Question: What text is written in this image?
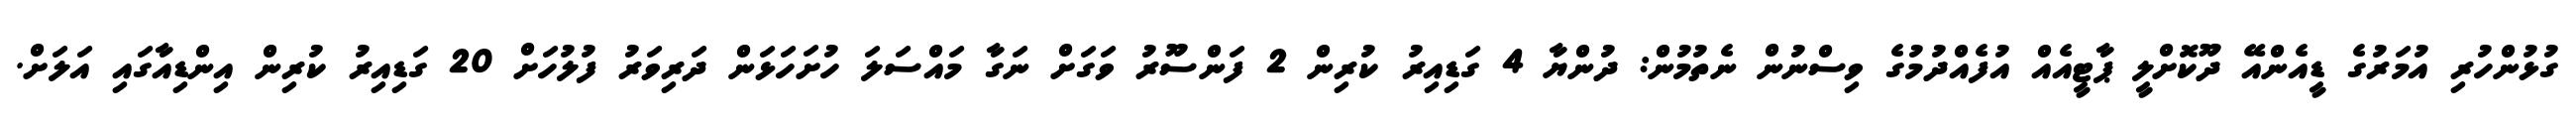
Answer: ގުޅުންހުރި އުމަރުގެ ޑީއެންއޭ ދޫކޮށްލީ ޕާޓީއެއް އުފެއްދުމުގެ ވިސްނުން ނެތުމުން: ދުންޔާ 4 ގަޑިއިރު ކުރިން 2 ފަންސޫރު ވަގަށް ނަގާ މައްސަލަ ހުށަހަޅަން ދަރިވަރު ފުލުހަށް 20 ގަޑިއިރު ކުރިން އިންޑިއާގައި އަލަށް.